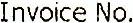
INVOICE NO.